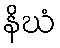
နိဃံ